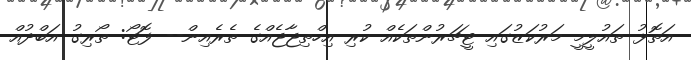
އަތޮޅު ތައުލީމީ މަރުކަޒުގައި ޓީޗަރުންތަކެއް ކުރި އިހްތިޖާޖެއްގެ ތެރެއިން-- ފޮޓޯ: ތޯރިގު އަބްދުއް